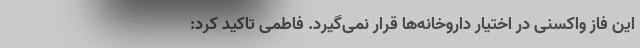
این فاز واکسنی در اختیار داروخانه‌ها قرار نمی‌گیرد. فاطمی تاکید کرد: